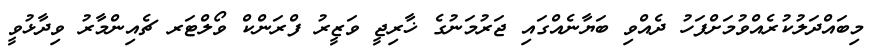
މިބައްދަލުކުރެއްވުމަށްފަހު ދެއްވި ބަޔާނެއްގައި ޖަރުމަނުގެ ޚާރިޖީ ވަޒީރު ފްރަންކް ވޯލްޓަރ ޗެއިންމާރު ވިދާޅުވީ